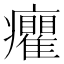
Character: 癯